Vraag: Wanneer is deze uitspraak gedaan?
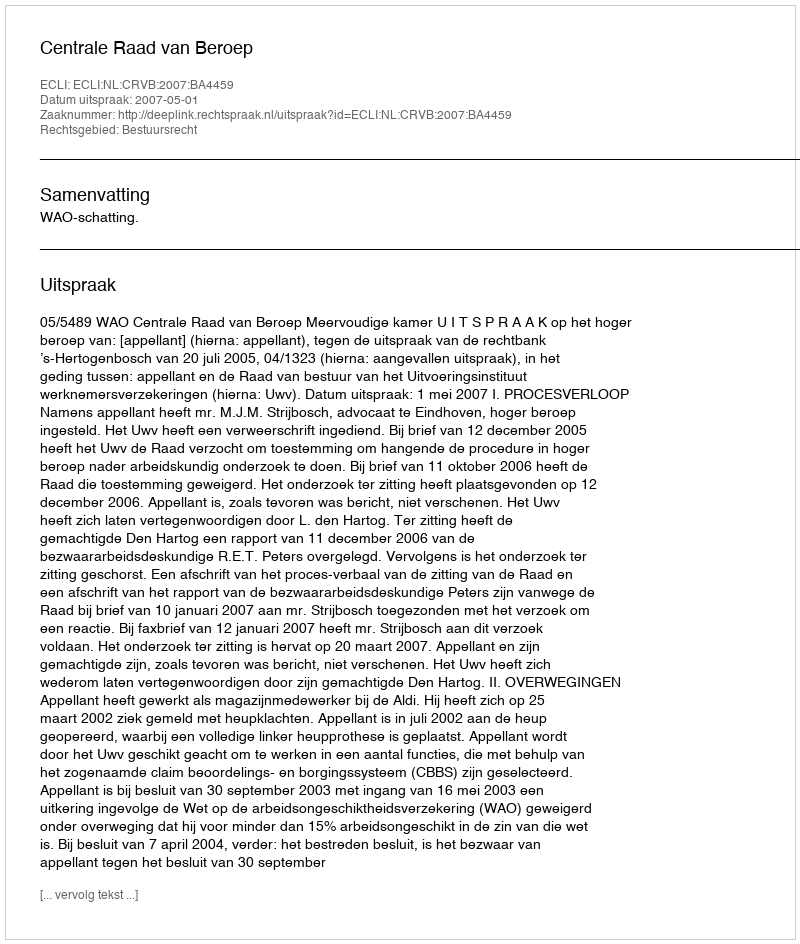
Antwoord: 2007-05-01